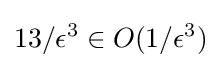
13/\epsilon ^{3}\in O(1/\epsilon ^{3})